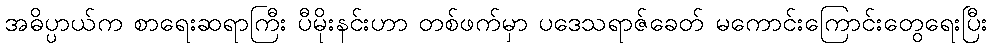
အဓိပ္ပာယ်က စာရေးဆရာကြီး ပီမိုးနင်းဟာ တစ်ဖက်မှာ ပဒေသရာဇ်ခေတ် မကောင်းကြောင်းတွေရေးပြီး